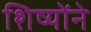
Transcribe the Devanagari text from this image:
शिष्योंने